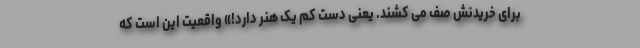
برای خریدنش صف می کشند. یعنی دست کم یک هنر دارد!» واقعیت این است که